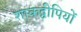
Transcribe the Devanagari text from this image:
शाकद्वीपियों